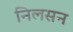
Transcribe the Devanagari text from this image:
निलसन